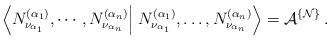
LaTeX: \begin{align*}\left\langle N^{(\alpha_1)}_{\nu_{\alpha_1}},\cdots,N^{(\alpha_n)}_{\nu_{\alpha_n}}\right\vert \left.N^{(\alpha_1)}_{\nu_{\alpha_1}},\dots,N^{(\alpha_n)}_{\nu_{\alpha_n}}\right\rangle={\cal A}^{\{{\cal N}\}}\,.\end{align*}